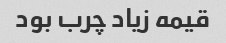
قیمه زیاد چرب بود